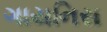
ગાયનિસ